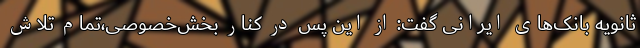
ثانویه بانک‌های ایرانی گفت: از این پس در کنار بخش‌خصوصی،تمام تلاش